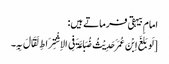
امام بیہقی فرماتے ہیں:
[لَو بَلَغَ اِبْنَ عُمَرَ حَدِیْثُ ضُبَاعَۃَ فِی الاِشْتِرَاطِ لَقَالَ بِہِ۔